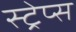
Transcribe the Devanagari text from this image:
स्ट्रेप्स